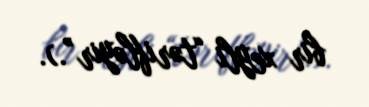
bir xeyli “tərifləyir”.).